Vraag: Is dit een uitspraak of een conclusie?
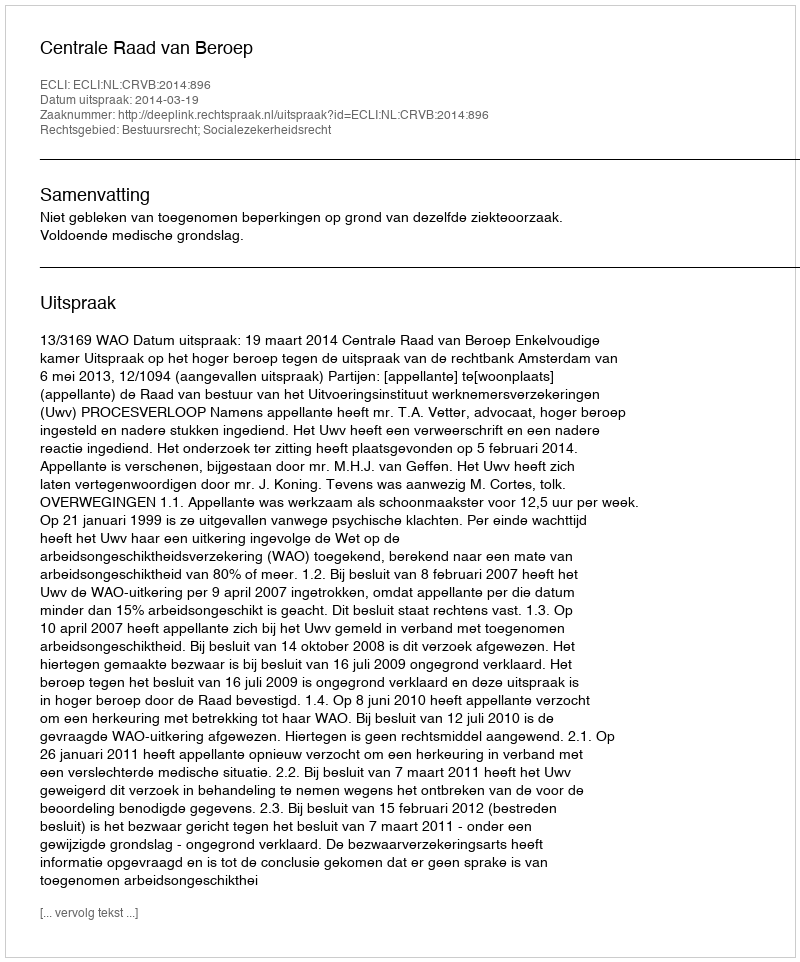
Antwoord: Uitspraak